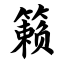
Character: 籁